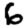
Digit: 6